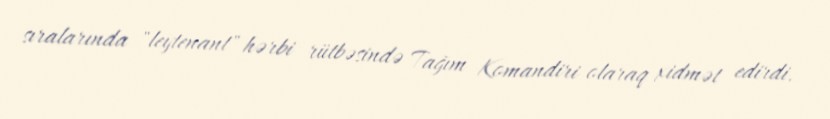
sıralarında "leytenant" hərbi rütbəsində Tağım Komandiri olaraq xidmət edirdi.